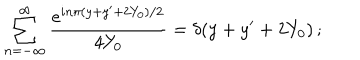
LaTeX: \sum _ { n = - \infty } ^ { \infty } { \frac { e ^ { i n \pi ( y + y ^ { \prime } + 2 Y _ { 0 } ) / 2 } } { 4 Y _ { 0 } } } = \delta ( y + y ^ { \prime } + 2 Y _ { 0 } ) \, ;